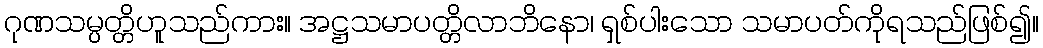
ဂုဏသမ္ပတ္တိဟူသည်ကား။ အဋ္ဌသမာပတ္တိလာဘိနော၊ ရှစ်ပါးသော သမာပတ်ကိုရသည်ဖြစ်၍။